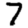
Digit: 7